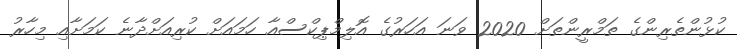
ކުޅުންތެރިންގެ ތަމްރީންތަށް 2020 ވަނަ އަހަރުގެ އޮލިމްޕިކްސްއާ ހަމައަށް ކުރިއަށްދާނެ ކަމަށާއި މިހާރު